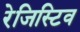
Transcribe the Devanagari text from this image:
रेजिस्टिव